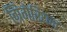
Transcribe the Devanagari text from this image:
ग्रिगेरियन